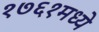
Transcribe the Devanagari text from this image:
१७६१मध्ये